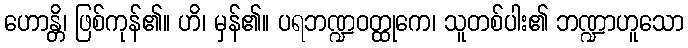
ဟောန္တိ၊ ဖြစ်ကုန်၏။ ဟိ၊ မှန်၏။ ပရဘဏ္ဍဝတ္ထုကေ၊ သူတစ်ပါး၏ ဘဏ္ဍာဟူသော